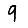
Digit: 9